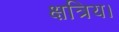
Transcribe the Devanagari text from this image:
क्षत्रिय।